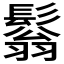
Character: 𩮬